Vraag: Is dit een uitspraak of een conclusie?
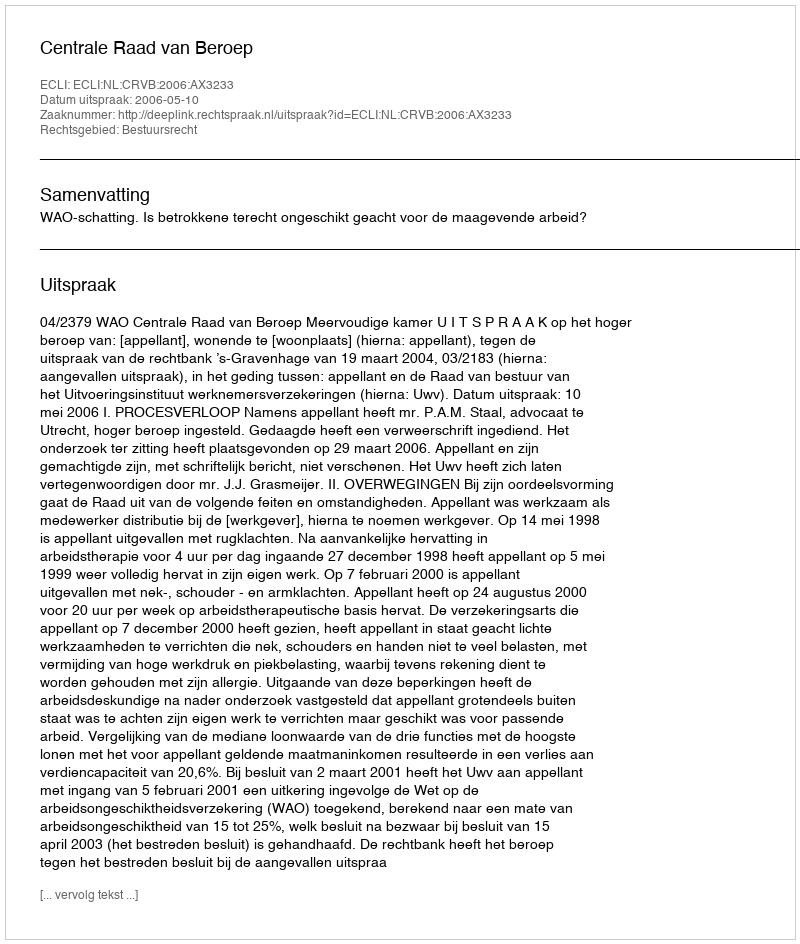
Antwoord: Uitspraak